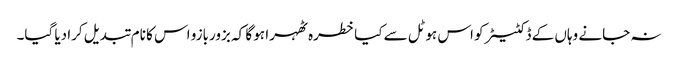
نہ جانے وہاں کے ڈکٹیٹر کو اس ہوٹل سے کیا خطرہ ٹھہرا ہو گا کہ بزوربازو اس کا نام تبدیل کرا دیا گیا۔